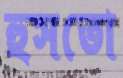
হুসতো